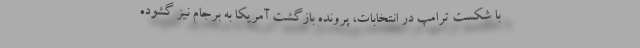
با شکست ترامپ در انتخابات، پرونده بازگشت آمریکا به برجام نیز گشوده